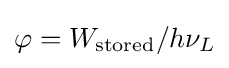
\varphi =W_{\rm {stored}}/h\nu _{L}